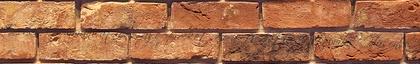
Exodus Communications, az eSprocket, és a Predictive Networks. Hasonló,